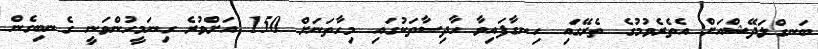
ބަނގްލަދޭޝްއަށް އެތެރެވުމުގެ ތެރޭގައި ހިނގާފައިވާ ހާދިސާތަކުގައި މިހާތަނަށް 150 އަށްވުރެ ގިނަމީހުންވަނީ ގެނބިގެން